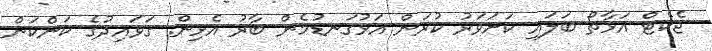
ޖެކެޓް އަޅާތޯ ބަލައި ކަށަވަރު ކުރަން އަޅުގަނޑުމެން ބާރު އެޅިން. ގަވައިދުގެ ކަންކަން